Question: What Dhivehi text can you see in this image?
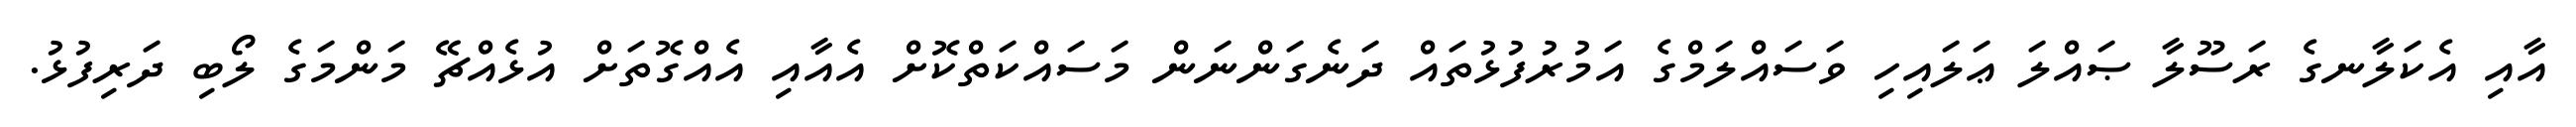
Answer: އާއި އެކަލާނގެ ރަސޫލާ ޞައްލަ ޢަލައިހި ވަސައްލަމްގެ އަމުރުފުޅުތައް ދަނެގަންނަން މަސައްކަތްކޮށް އެއާއި އެއްގޮތަށް އުޅެއްޗޭ މަންމަގެ ލޯބި ދަރިފުޅު.